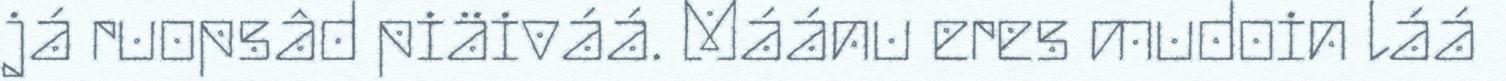
já ruopsâd piäiváá. Máánu eres mudoin láá